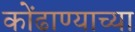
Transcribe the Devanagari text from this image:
कोंढाण्याच्या